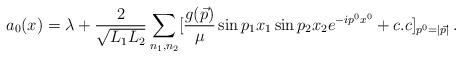
LaTeX: \begin{align*}a_0(x)= \lambda + {2 \over \sqrt {L_1L_2}}\sum_{n_1,n_2 }[ {g(\vec p)\over \mu}\sin p_1x_1 \sin p_2x_2 e^{-ip^0 x^0}+ c.c]_{p^0 = |\vec p|}\,.\end{align*}